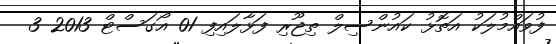
ފުވައްމުލަކު އަތޮޅު ކައުންސިލް ތިޖޫރި ފަޅާލައިފި 01 އޯގަސްޓް 2013 3